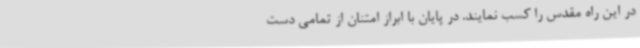
در این راه مقدس را کسب نمایند. در پایان با ابراز امتنان از تمامی دست